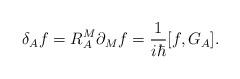
LaTeX: \begin{align*}\delta_{A} f=R^{M}_{A}\partial_{M} f=\frac{1}{i\hbar}[f, G_{A}].\end{align*}